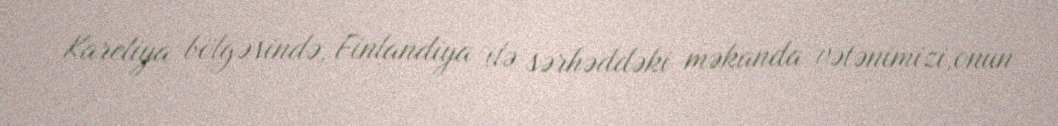
Kareliya bölgəsində, Finlandiya ilə sərhəddəki məkanda vətənimizi,onun